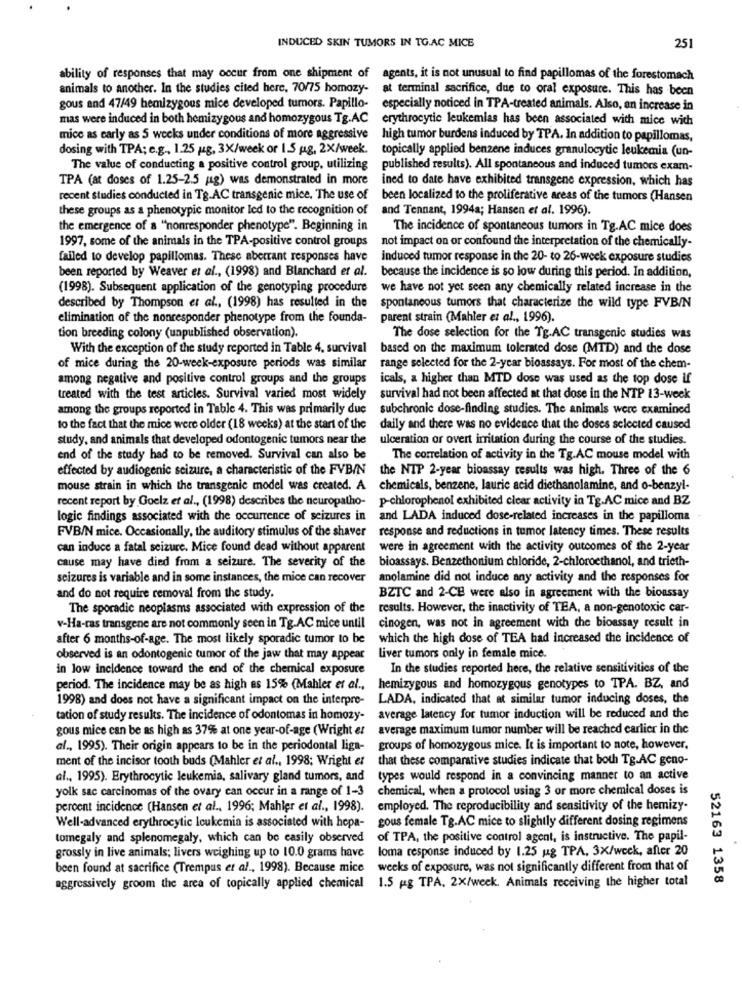
INDUCED SKIN TUMORS IN TG.AC MICE
251
ability of responses that may occur from one shipment of agents, it is not unusual to find papillomas of the forestomach
animals to another. In the studies cited here, 70/75 homozy-
at terminal sacrifice, due to oral exposure. This has been
gous and 47/49 hemizygous mice developed tumors. Papillo-
especially noticed in TPA-treated animals. Also, an increase in
mas were induced in both hemizygous and homozygous Tg.AC erythrocytic leukemias has been associated with mice with
mice as early as 5 weeks under conditions of more aggressive high tumor burdens induced by TPA. In addition to papillomas,
dosing with TPA; e.g ., 1.25 /2g, 3X/week or 1.5 g, 2X/week. topically applied benzene induces granulocytic leukemia (un-
The value of conducting a positive control group, utilizing
published results). All spontaneous and induced tumors exam-
TPA (at doses of 1.25-2.5 mg) was demonstrated in more
ined to date have exhibited transgene expression, which has
recent studies conducted in Tg.AC transgenic mice. The use of
been localized to the proliferative areas of the tumors (Hansen
these groups as a phenotypic monitor led to the recognition of
and Tennant, 1994a; Hansen et al. 1996).
the emergence of a "nonresponder phenotype". Beginning in
The incidence of spontaneous tumors in Tg.AC mice does
1997, some of the animals in the TPA-positive control groups
not impact on or confound the interpretation of the chemically-
failed to develop papillomas. These aberrant responses have
induced tumor response in the 20- to 26-week exposure studies
been reported by Weaver et al ., (1998) and Blanchard et al. because the incidence is so low during this period. In addition,
(1998). Subsequent application of the genotyping procedure we have not yet seen any chemically related increase in the
described by Thompson et al ., (1998) has resulted in the spontaneous tumors that characterize the wild type FVB/N
elimination of the nonresponder phenotype from the founda-
parent strain (Mahler et al ., 1996).
tion breeding colony (unpublished observation).
The dose selection for the Tg.AC transgenic studies was
With the exception of the study reported in Table 4. survival based on the maximum tolerated dose (MTD) and the dose
of mice during the 20-week-exposure periods was similar
range selected for the 2-year bioassays. For most of the chem-
among negative and positive control groups and the groups
icals, a higher than MTD dose was used as the top dose if
treated with the test articles. Survival varied most widely
survival had not been affected at that dose in the NTP 13-week
among the groups reported in Table 4. This was primarily due
subchronic dose-finding studies. The animals were examined
to the fact that the mice were older (18 weeks) at the start of the
daily and there was no evidence that the doses selected caused
study, and animals that developed odontogenic tumors near the
ulceration or overt irritation during the course of the studies.
end of the study had to be removed. Survival can also be
The correlation of activity in the Tg.AC mouse model with
effected by audiogenic seizure, a characteristic of the FVBIN the NTP 2-year bioassay results was high. Three of the 6
mouse strain in which the transgenic model was created. A
chemicals, benzene, lauric acid diethanolamine, and o-benzyl-
recent report by Goelz et al ., (1998) describes the neuropatho-
p-chlorophenol exhibited clear activity in Tg.AC mice and BZ
logic findings associated with the occurrence of seizures in
and LADA induced dose-related increases in the papilloma
FVB/N mice. Occasionally, the auditory stimulus of the shaver
response and reductions in tumor latency times. These results
can induce a fatal seizure. Mice found dead without apparent
were in agreement with the activity outcomes of the 2-year
bioassays. Benzethonium chloride, 2-chloroethanol, and trieth-
cause may have died from a seizure. The severity of the
seizures is variable and in some instances, the mice can recover
anolamine did not induce any activity and the responses for
and do not require removal from the study.
BZTC and 2-CB were also in agreement with the bioassay
The sporadic neoplasms associated with expression of the
results. However, the inactivity of TEA, a non-genotoxic car-
v-Ha-ras transgene are not commonly seen in Tg.AC mice until cinogen, was not in agreement with the bioassay result in
after 6 months-of-age. The most likely sporadic tumor to be
which the high dose of TEA had increased the incidence of
observed is an odontogenic tumor of the jaw that may appear
Liver tumors only in female mice.
in low incidence toward the end of the chemical exposure
In the studies reported here, the relative sensitivities of the
period. The incidence may be as high as 15% (Mahler et al .,
hemizygous and homozygous genotypes to TPA. BZ, and
1998) and does not have a significant impact on the interpre-
LADA, indicated that at similar tumor inducing doses, the
tation of study results. The incidence of odontomas in homozy-
average latency for tumor induction will be reduced and the
gous mice can be as high as 37% at one year-of-age (Wright et
average maximum tumor number will be reached carlier in the
al ., 1995). Their origin appears to be in the periodontal liga-
groups of homozygous mice. It is important to note, however,
ment of the incisor tooth buds (Mahler et al ., 1998; Wright et
that these comparative studies indicate that both Tg.AC geno-
al ., 1995). Erythrocytic leukemia, salivary gland tumors, and
types would respond in a convincing manner to an active
yolk sac carcinomas of the ovary can occur in a range of 1-3
chemical, when a protocol using 3 or more chemical doses is
percent incidence (Hansen et al ., 1996; Mahler et al ., 1998).
employed. The reproducibility and sensitivity of the hemizy-
gous female Tg.AC mice to slightly different dosing regimens
Well-advanced erythrocytic leukemia is associated with hepa-
tomegaly and splenomegaly, which can be easily observed
of TPA, the positive control agent, is instructive. The papil-
loma response induced by 1.25 ug TPA, 3X/weck, after 20
grossly in live animals; livers weighing up to 10.0 grams have
been found at sacrifice (Trempus et al ., 1998). Because mice weeks of exposure, was not significantly different from that of
52163 1358
aggressively groom the area of topically applied chemical 1.5 g TPA, 2X/week. Animals receiving the higher total